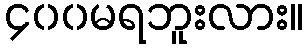
၄၀၀မရဘူးလား။